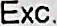
EXC.